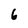
Character: 6